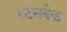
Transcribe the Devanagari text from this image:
स्टेनबेक